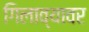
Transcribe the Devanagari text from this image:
गिलाव्यावर